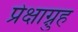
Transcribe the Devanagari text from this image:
प्रेक्षाग़्रुह